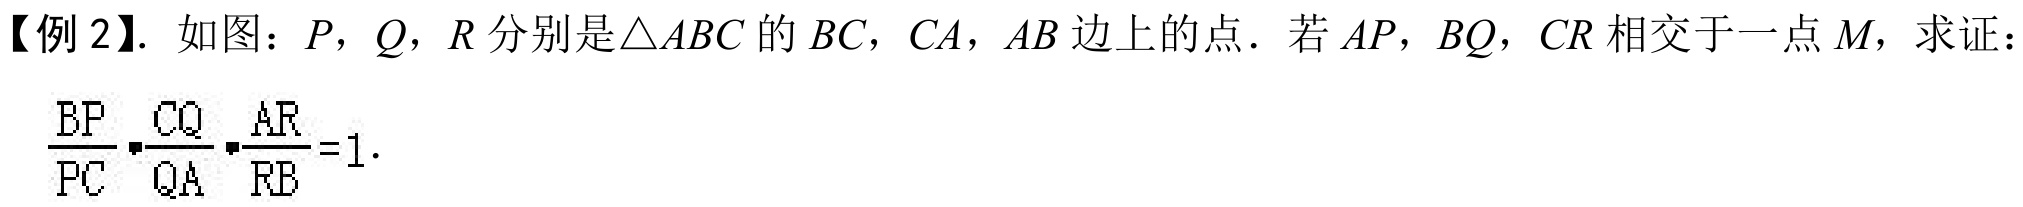
【例 2】. 如图：\(P\)，\(Q\)，\(R\) 分别是\(\triangle ABC\) 的 \(BC\)，\(CA\)，\(AB\) 边上的点．若 \(AP\)，\(BQ\)，\(CR\) 相交于一点 \(M\)，求证：\(\frac{BP}{PC}\cdot\frac{CQ}{QA}\cdot\frac{AR}{RB}=1\)．